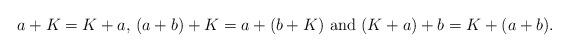
LaTeX: \begin{align*}a+K = K+a \textrm{, }(a+b)+K = a+(b+K) \textrm{ and } (K+a)+b = K+(a+b) \textrm{. }\end{align*}